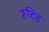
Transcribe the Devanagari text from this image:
रुटिह